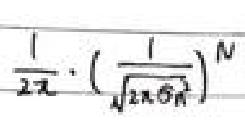
\(\frac{1}{2\pi}\cdot\left(\frac{1}{\sqrt{2\pi\sigma^2}}\right)^N\)